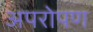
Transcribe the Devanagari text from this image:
अपरोपण